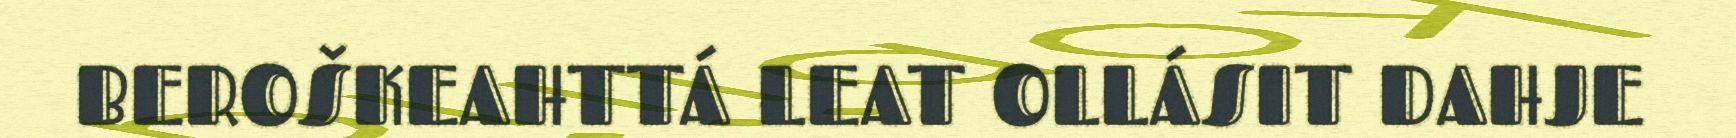
BEROŠKEAHTTÁ LEAT OLLÁSIT DAHJE